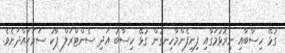
ގުޅޭ ހިސާބާއި ނިރޮޅުމަގާއި ފިނިފެންމާހިނގުން ގުޅޭ ހިސާބު އަދި ސެންޓްރަލް ޕާކު ސަރަޙައްދަށެވެ.